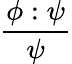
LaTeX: \frac{\phi:\psi}{\psi}